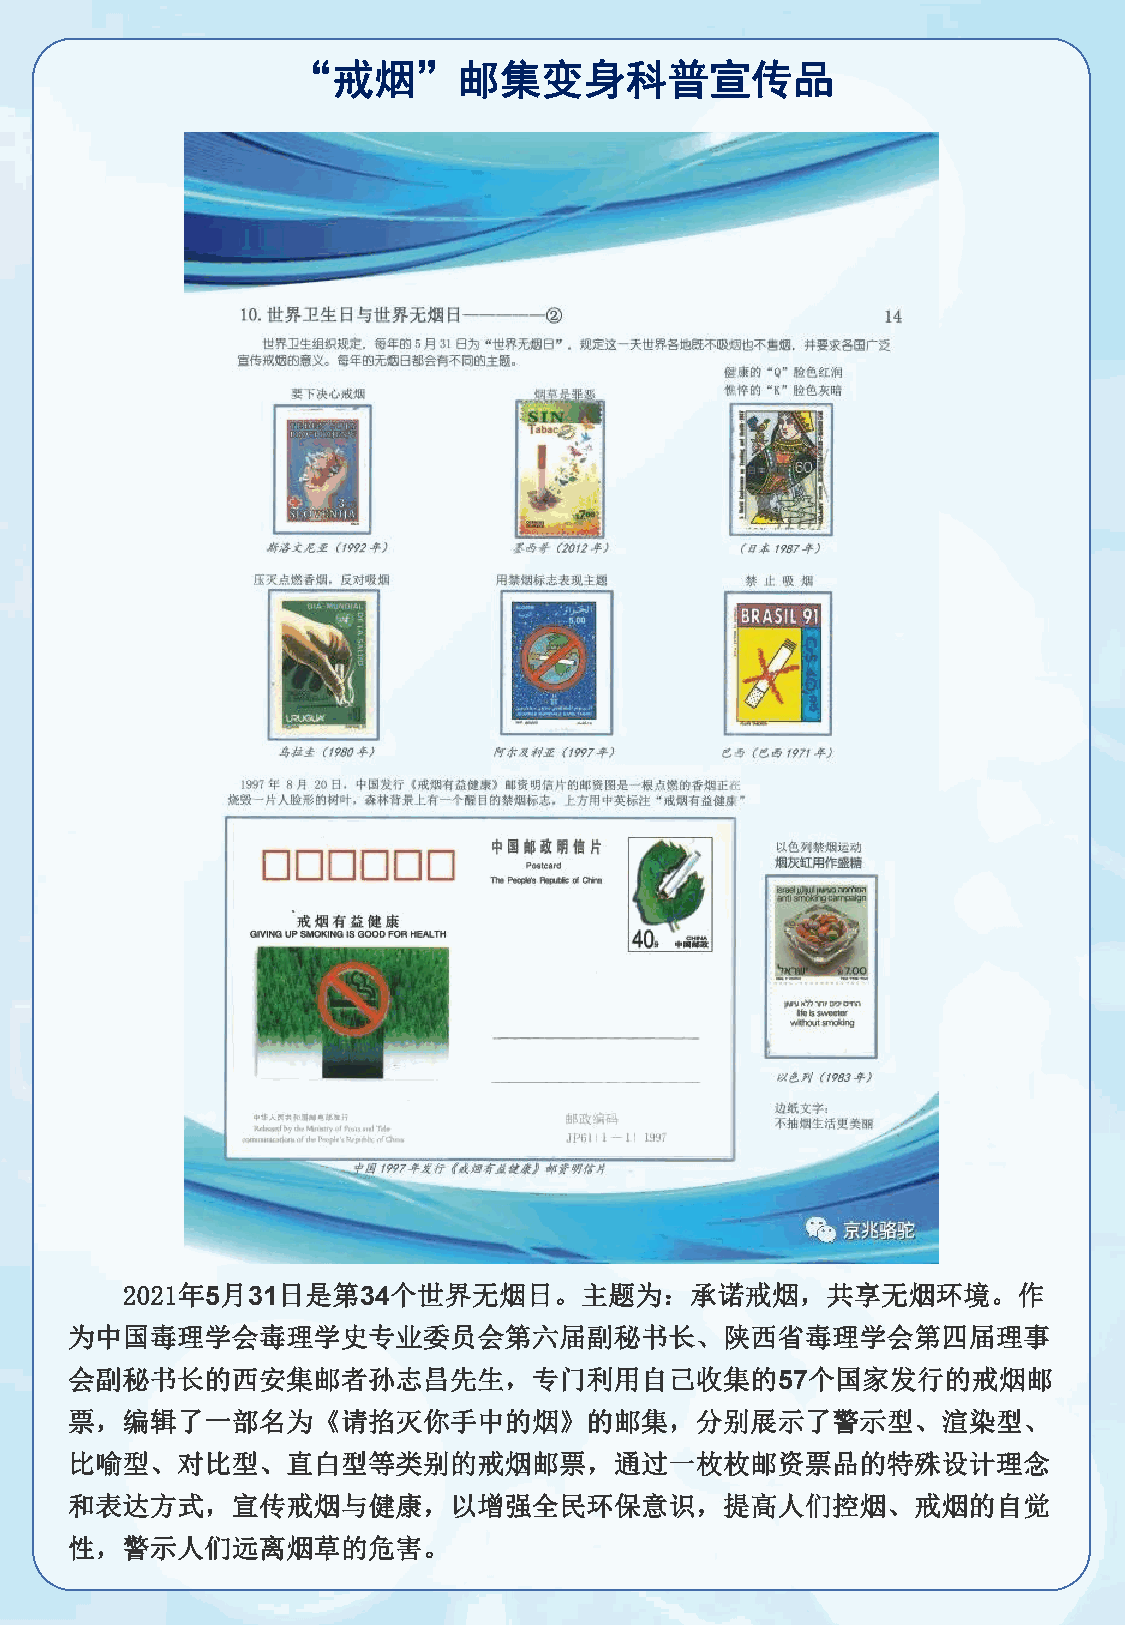
“戒烟”邮集变身科普宣传品
 2021年 5月 31日是第  34个世界无烟日。主题为：承诺戒烟，共享无烟环境。作
 为中国毒理学会毒理学史专业委员会第六届副秘书长、陕西省毒理学会第四届理事
 会副秘书长的西安集邮者孙志昌先生，专门利用自己收集的                      个国家发行的戒烟邮
 57
 票，编辑了一部名为《请掐灭你手中的烟》的邮集，分别展示了警示型、渲染型、
 比喻型、对比型、直白型等类别的戒烟邮票，通过一枚枚邮资票品的特殊设计理念
 和表达方式，宣传戒烟与健康，以增强全民环保意识，提高人们控烟、戒烟的自觉
 性，警示人们远离烟草的危害。